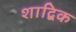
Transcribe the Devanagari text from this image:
शाद्बिक